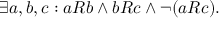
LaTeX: \exists a , b , c : a R b \land b R c \land \lnot ( a R c ) .